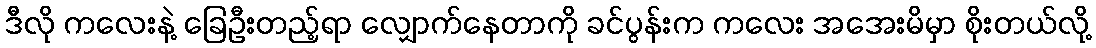
ဒီလို ကလေးနဲ့ ခြေဦးတည့်ရာ လျှောက်နေတာကို ခင်ပွန်းက ကလေး အအေးမိမှာ စိုးတယ်လို့